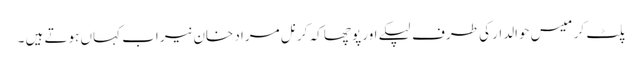
پلٹ کر میس حوالدار کی طرف لپکے اور پوچھا کہ کرنل مراد خان نیر اب کہاں ہوتے ہیں ۔